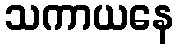
သကာယနေ